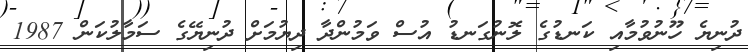
ދުނިޔެ ހޫނުވުމާއި ކަނޑުގެ ލޮނުގަނޑު އުސް ވަމުންދާ ދިޔުމަށް ދުނިޔޭގެ ސަމާލުކަން 1987